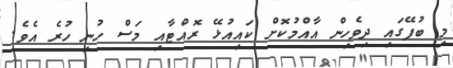
މި ބުފޭގައި ދިވެހިން އާއްމުކޮށް ކައިއުޅޭ ރޮއްޓާއި މަސް ހުނި ހުރެ އެވެ.